Report on vaccination in Madras 1922-1929 - 1922-1929
Year: 1922
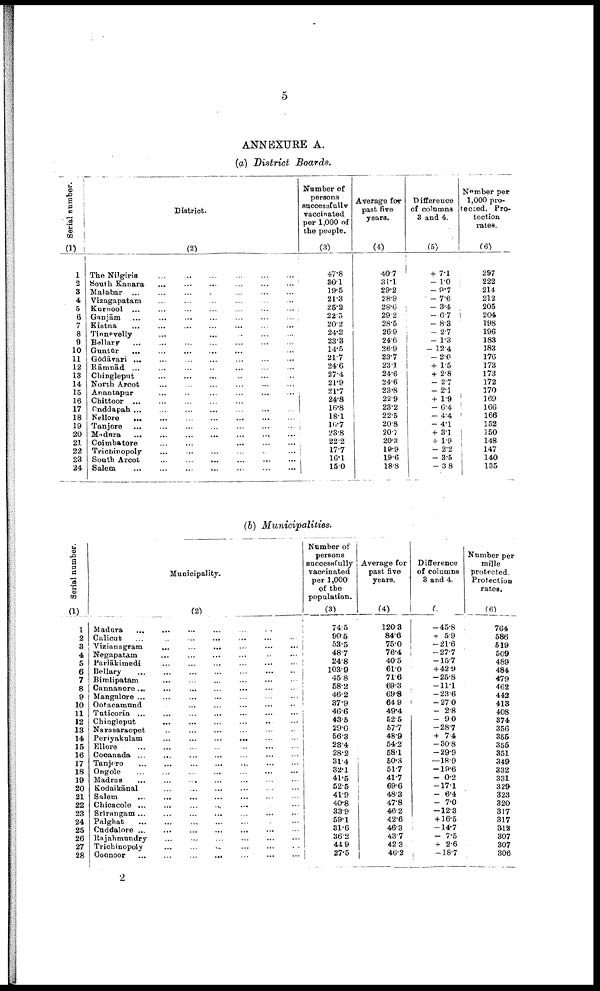
5
ANNEXURE A.
(a) District Boards.
Serial number.
(1)
1
2
3
4
5
6
7
8
9
10
11
12
13
14
15
16
17
18
19
20
21
22
23
24
District.
(2)
The Nilgiris
... ... ... ... ... ...
South Kanara ... ... ... ... ... ...
Malabar
...
...
...
...
...
...
...
Vizagapatam ... ... ... ... ... ...
Kurnool ... ... ... ... ... ... ...
Ganjām ... ... ... ... ... ...
Kistna ... ... ... ... ... ...
Tinnevelly ... ... ... ... ... ...
Bellary ... ... ... ... ... ...
Guntūr ... ... ... ... ... ...
Godāvari ... ... ... ... ... ...
Rāmnād ... ... ... ... ... ...
Chingleput ... ... ... ... ... ...
North Arcot ... ... ... ... ... ...
Anantapur ... ... ... ... ... ...
Chittoor ... ... ... ... ... ...
Cnddapah ... ... ... ... ... ...
Nellore
...
...
...
...
...
...
...
...
Tanjore
...
...
...
...
...
...
...
...
Madura
...
...
...
...
...
...
...
...
Coimbatore
...
...
...
...
...
...
...
...
Trichinopoly ... ... ... ... ... ... ... ...
South Arcot
...
...
...
...
...
...
...
...
Salem ... ... ... ... ... ... ... ...
Number of
persons
successfully
vaccinated
per 1,000 of
the people.
(3)
47.8
30.1
19.5
21.3
25.2
22.5
20.2
24.2
23.3
14.5
21.7
24.6
27.4
21.9
21.7
24.8
16.8
18.1
16.7
23.8
22.2
17.7
16.1
15.0
Average for
past five
years.
(4)
40.7
31.1
29.2
28.9
28.6
29.2
28.5
26.9
24.6
26.9
23.7
23.1
24.6
24.6
23.8
22.9
23.2
22.5
20.8
20.7
20.3
19.9
19.6
18.8
Difference
of columns
3 and 4.
(5)
+ 7.1
-1.0
-9.7
-7.6
-3.4
- 6.7
- 8.3
-2.7
-1.3
-12.4
-2.0
+1.5
+2.8
-2.7
-2.1
+1.9
-6.4
-4.4
-4.1
+3.1
+1.9
-2.2
-3.5
-3.8
Number per
1,000 pro
tected. Pro
tection
rates.
(6)
297
222
214
212
205
204
198
196
183
183
176
173
173
172
170
169
166
166
152
150
148
147
140
135
(b) Municipalities.
Serial number.
(1)
1
2
3
4
5
6
7
8
9
10
11
12
13
14
15
16
17
18
19
20
21
22
23
24
25
26
27
28
Municipality.
(2)
Madura ... ... ... ... ... ... ... ...
Calicut ... ... ... ... ... ... ... ...
Vizianagram
...
...
...
...
...
...
...
...
Negapatam ... ... ... ... ... ... ... ...
Parlākimedi
...
...
...
...
...
...
...
...
Bellary
...
...
...
...
...
...
...
...
Bimlipatam
...
...
...
...
...
...
...
...
Cannanore
...
...
...
...
...
...
...
...
Mangalore ... ... ... ... ... ... ... ...
Ootacamund
...
...
...
...
...
...
...
...
Tuticorin ... ... ... ... ... ... ... ...
Chingleput ... ... ... ... ... ... ... ...
Narasaraopet ... ... ... ... ... ... ... ...
Periyakulam ... ... ... ... ... ... ... ...
Ellore
...
...
...
...
...
...
...
...
Cooanada
...
...
...
...
...
...
...
...
Tanjore
...
...
...
...
...
...
...
...
Ongole
...
...
...
...
...
...
...
...
Madras
...
...
...
...
...
...
...
...
Kodaikānal ... ... ... ... ... ... ... ...
Salem
...
...
...
...
...
...
...
...
Chicacole ... ... ... ... ... ... ... ...
Srīrangam ... ... ... ... ... ... ... ...
Palghat
...
...
...
...
...
...
...
...
Cuddalore
...
...
...
...
...
...
...
...
Rajahmundry
...
...
...
...
...
...
...
...
Trichinopoly
...
...
...
...
...
...
...
...
Coonoor
...
...
...
...
...
...
...
...
Number of
persons
successfully
vaccinated
per 1,000
of the
population.
(3)
74.5
90.5
53.5
48.7
24.8
103.9
45.8
58.2
46.2
37.9
46.6
43.5
29.0
56.3
23.4
28.2
31.4
32.1
41.5
52.5
41.9
40.8
33.9
59.1
31.6
36.2
44.9
27.5
Average for
past five
years.
(4)
120.3
84.6
75.0
76.4
40.5
61.0
71.6
69.3
69.8
64.9
49.4
52.5
57.7
48.9
54.2
58.1
50.3
51.7
41.7
69.6
48.3
47.8
46.2
42.6
46.3
43.7
42.3
46.2
Difference
of columns
3 and 4.
(5)
-45.8
+ 5.9
-21.6
-27.7
-15.7
+42.9
-25.8
-11.1
-23.6
-27.0
- 2.8
- 9.0
-28.7
+7.4
-30.8
-29.9
-18.9
-19.6
-0.2
-17.1
- 6.4
-7.0
-12.3
+16.5
-14.7
- 7.5
+ 2.6
-18.7
Number per
mille
protected.
Protection
rates.
(6)
764
586
519
509
489
484
479
462
443
413
408
374
356
355
355
351
349
332
331
329
323
320
317
317
312
307
307
306
2